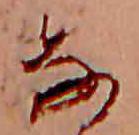
な